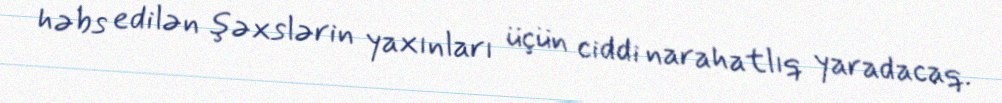
həbs edilən şəxslərin yaxınları üçün ciddi narahatlıq yaradacaq.